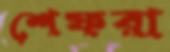
শেফরা